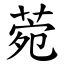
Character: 菀